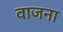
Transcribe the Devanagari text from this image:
वाजना